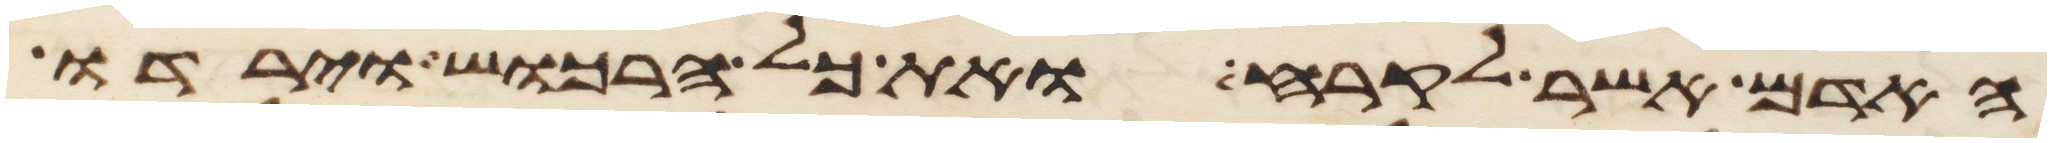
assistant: האדם אשר לקרח ואת כל הרכוש וירדו